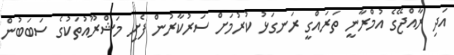
އަދި ރާއްޖޭގެ އުމްރާނީ ތަރައްގީ ރަނގަޅު ކުރުމަށް ސަރުކާރުން ފެށި މަޝްރޫއުތަކުގެ ސަބަބުން